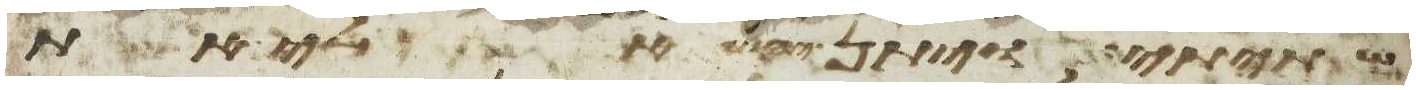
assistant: שתיתי ויתן יהוה אלי את